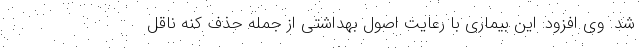
شد. وی افزود: این بیماری با رعایت اصول بهداشتی از جمله حذف کنه ناقل